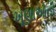
ખૂણાઓની